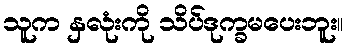
သူက နှလုံးကို သိပ်ဒုက္ခမပေးဘူး။